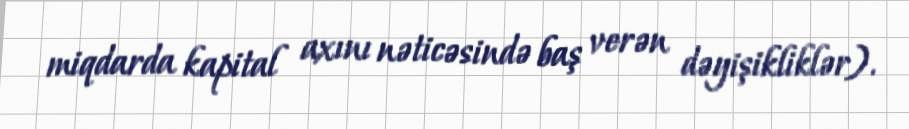
miqdarda kapital axını nəticəsində baş verən dəyişikliklər).